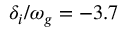
\delta _ { i } / \omega _ { g } = - 3 . 7